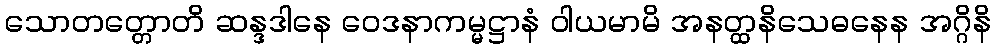
သောတတ္တောတိ ဆန္ဒဒါနေ ဝေဒနာကမ္မဋ္ဌာနံ ဝါယမာမိ အနတ္ထနိသေဓနေန အဂ္ဂိနိ